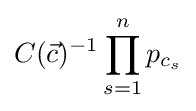
C({\vec {c}})^{-1}\prod _{s=1}^{n}p_{c_{s}}